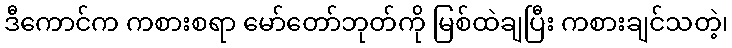
ဒီကောင်က ကစားစရာ မော်တော်ဘုတ်ကို မြစ်ထဲချပြီး ကစားချင်သတဲ့၊